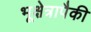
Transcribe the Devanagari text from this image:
भूक्षेत्रापैकी